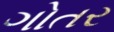
ગોતર